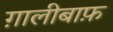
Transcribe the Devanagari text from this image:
ग़ालीबाफ़